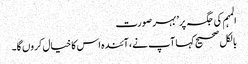
المہم کی جگہ پر’ بہر صورت
بالکل صحیح کہا آپ نے، آئندہ اس کا خیال کروں گا۔